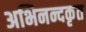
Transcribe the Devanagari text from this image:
अभिनन्दकृत